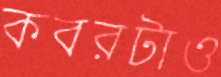
কবরটাও